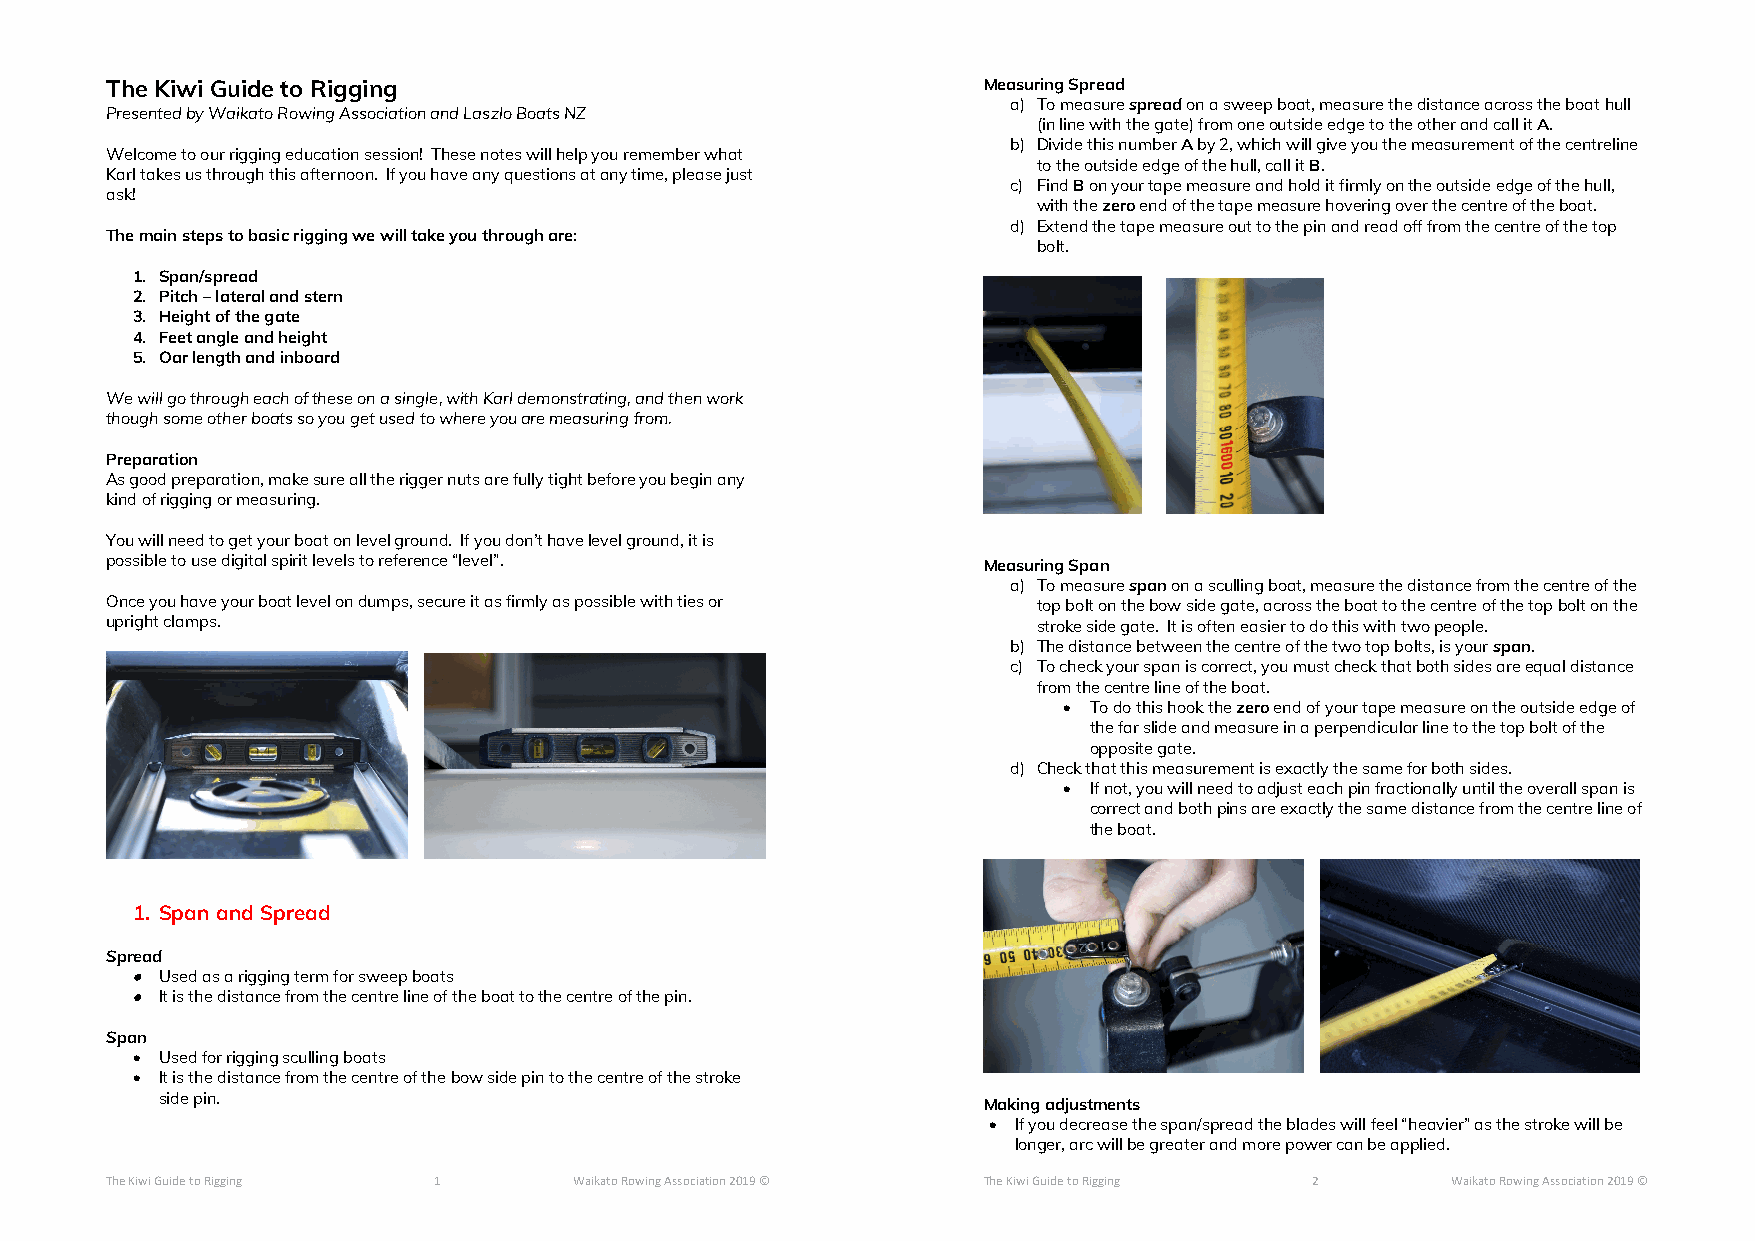
The Kiwi Guide to Rigging                                 Measuring Spread
 a) To measure spread on a sweep boat, measure the distance across the boat hull
 Presented by Waikato Rowing Association and Laszlo Boats NZ
 (in line with the gate) from one outside edge to the other and call it A.
 b) Divide this number A by 2, which will give you the measurement of the centreline
 Welcome to our rigging education session! These notes will help you remember what
 to the outside edge of the hull, call it B.
 Karl takes us through this afternoon. If you have any questions at any time, please just
 c) Find B on your tape measure and hold it firmly on the outside edge of the hull,
 ask!
 with the zero end of the tape measure hovering over the centre of the boat.
 d) Extend the tape measure out to the pin and read off from the centre of the top
 The main steps to basic rigging we will take you through are:
 bolt.
 1. Span/spread
 2. Pitch – lateral and stern
 3. Height of the gate
 4. Feet angle and height
 5. Oar length and inboard
 We will go through each of these on a single, with Karl demonstrating, and then work
 though some other boats so you get used to where you are measuring from.
 Preparation
 As good preparation, make sure all the rigger nuts are fully tight before you begin any
 kind of rigging or measuring.
 You will need to get your boat on level ground. If you don’t have level ground, it is
 possible to use digital spirit levels to reference “level”. Measuring Span
 a) To measure span on a sculling boat, measure the distance from the centre of the
 Once you have your boat level on dumps, secure it as firmly as possible with ties or top bolt on the bow side gate, across the boat to the centre of the top bolt on the
 upright clamps.                                               stroke side gate. It is often easier to do this with two people.
 b) The distance between the centre of the two top bolts, is your span.
 c) To check your span is correct, you must check that both sides are equal distance
 from the centre line of the boat.
  To do this hook the zero end of your tape measure on the outside edge of
 the far slide and measure in a perpendicular line to the top bolt of the
 opposite gate.
 d) Check that this measurement is exactly the same for both sides.
  If not, you will need to adjust each pin fractionally until the overall span is
 correct and both pins are exactly the same distance from the centre line of
 the boat.
 1. Span and Spread
 Spread
  Used as a rigging term for sweep boats
  It is the distance from the centre line of the boat to the centre of the pin.
 Span
  Used for rigging sculling boats
  It is the distance from the centre of the bow side pin to the centre of the stroke
 side pin.                                             Making adjustments
  If you decrease the span/spread the blades will feel “heavier” as the stroke will be
 longer, arc will be greater and more power can be applied.
 The Kiwi Guide to Rigging 1    Waikato Rowing Association 2019 © The Kiwi Guide to Rigging 2 Waikato Rowing Association 2019 ©